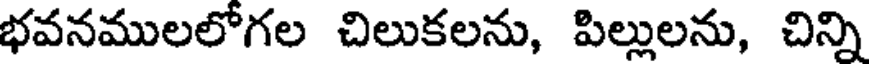
భవనములలోగల చిలుకలను, పిల్లులను, చిన్ని